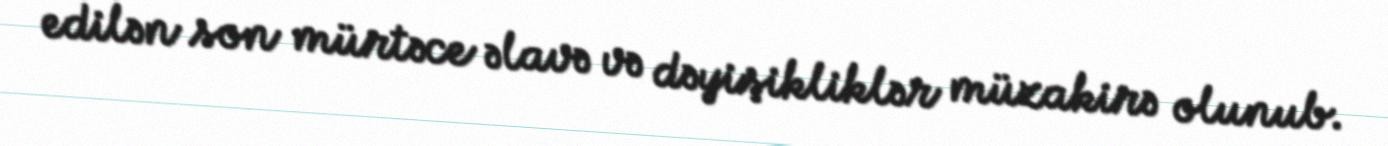
edilən son mürtəce əlavə və dəyişikliklər müzakirə olunub.